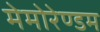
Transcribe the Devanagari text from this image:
मेमोरेण्डम